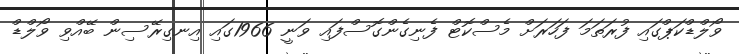
ވޯލްޑްކަޕްގައި ފުރަތަމަ ފަހަރަށް މެސްކޮޓް ފެނިގެންގޮސްފައި ވަނީ 1966ގައި އިނގިރޭސިން ބޭއްވި ވޯލްޑް